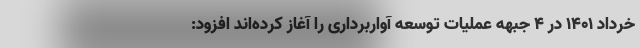
خرداد ۱۴۰۱ در ۴ جبهه عملیات توسعه آواربرداری را آغاز کرده‌اند افزود: